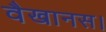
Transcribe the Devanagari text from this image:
वैखानस।